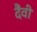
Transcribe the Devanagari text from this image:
दैंवी